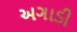
અગાડી